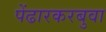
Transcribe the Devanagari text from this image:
पेंढारकरबुवा